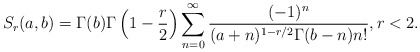
\begin{align*}S_r(a,b)=\Gamma(b)\Gamma\left(1-\frac{r}{2}\right)\sum_{n=0}^\infty\frac{(-1)^n}{(a+n)^{1-r/2}\Gamma(b-n) n!},r<2.\end{align*}